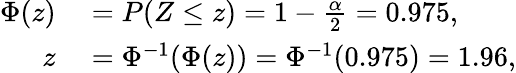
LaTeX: \begin{array}{rl}{\Phi(z)}&{{}=P(Z\leq z)=1-{\frac{\alpha}{2}}=0.975,}\\ {z}&{{}=\Phi^{-1}(\Phi(z))=\Phi^{-1}(0.975)=1.96,}\end{array}